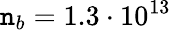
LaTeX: \mathtt{n}_{b}=1.3\cdot10^{13}